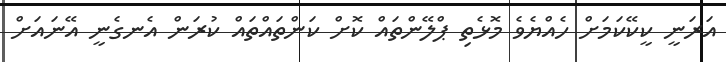
އަރަނީ ކީކޭކަމަށް ހެއްޔެވެ މޮޅެތި ޕްލޭންތައް ކޮށް ކަންތައްތައް ކުރަން އެނގެނީ އޭނައަށް